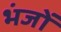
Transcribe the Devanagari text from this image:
भंजों